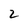
Character: 2